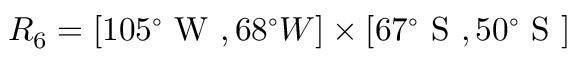
R _ { 6 } = [ 1 0 5 ^ { \circ } \mathrm { ~ W ~ } , 6 8 ^ { \circ } { W } ] \times [ 6 7 ^ { \circ } \mathrm { ~ S ~ } , 5 0 ^ { \circ } \mathrm { ~ S ~ } ]